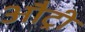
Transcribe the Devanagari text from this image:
औट्री